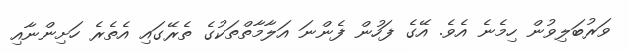
ވަރުބަލިވުން ހިމެނެ އެވެ. އޭގެ ފަހުން ފެންނަ އަލާމާތްތަކުގެ ތެރޭގައި އެތެރެ ހަށިންނާއި